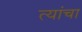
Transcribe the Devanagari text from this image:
त्यांंचा